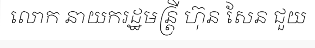
លោក នាយករដ្ឋមន្ត្រី ហ៊ុន សែន ជួយ